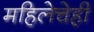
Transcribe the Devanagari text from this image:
महिलेचेही